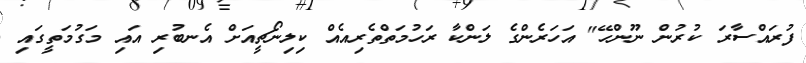
ފުރައްސާރަ ކުރުން ނޫންހޭ" އަހަރެންގެ ލަންކާ ރަހުމަތްތެރިއެއް ކިލިނޯޗީއަށް އެނބުރި އައި މަގުމަތީގައި